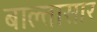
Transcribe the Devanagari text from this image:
बाल्तासार